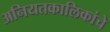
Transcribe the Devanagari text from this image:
अनियतकालिकांचे